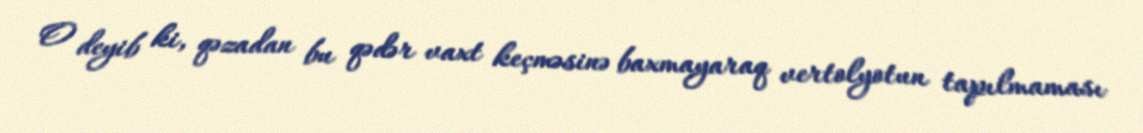
O deyib ki, qəzadan bu qədər vaxt keçməsinə baxmayaraq vertolyotun tapılmaması